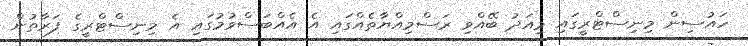
ހައުސިން މިނިސްޓްރީގައި މިއަދު ބޭއްވި ރަސްމިއްޔާތެއްގައި އެ އެއްބަސްވުމުގައި އެ މިނިސްޓްރީގެ ފަރާތުން